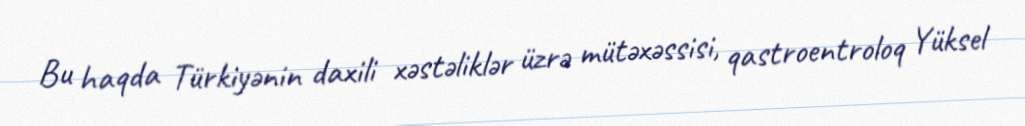
Bu haqda Türkiyənin daxili xəstəliklər üzrə mütəxəssisi, qastroentroloq Yüksel